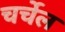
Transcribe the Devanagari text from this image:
चर्चेल